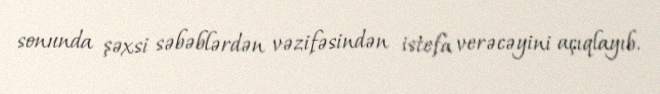
sonunda şəxsi səbəblərdən vəzifəsindən istefa verəcəyini açıqlayıb.